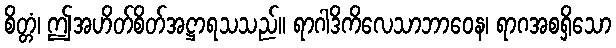
စိတ္တံ၊ ဤအဟိတ်စိတ်အဋ္ဌာရသသည်။ ရာဂါဒိကိလေသာဘာဝေန၊ ရာဂအစရှိသော